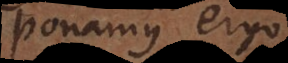
Ponamus ergo